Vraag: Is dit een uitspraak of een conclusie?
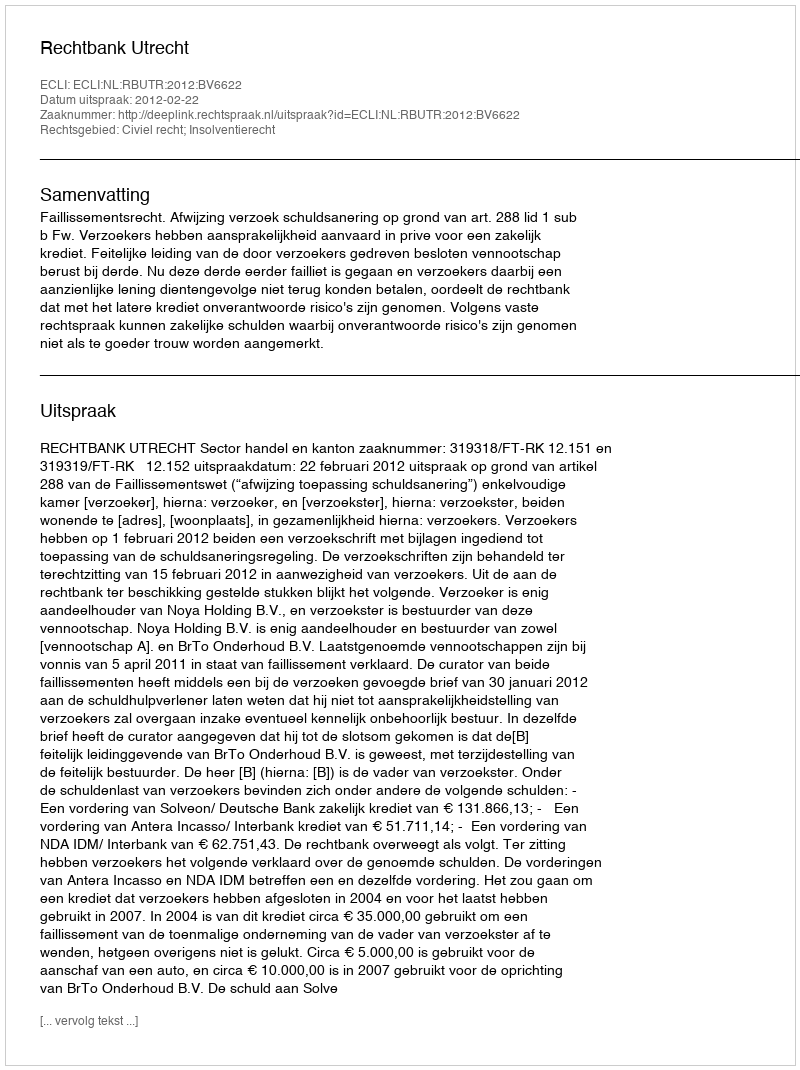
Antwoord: Uitspraak